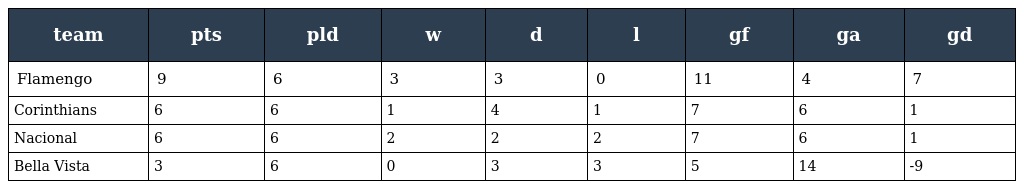
| team | pts | pld | w | d | l | gf | ga | gd |
 | --- | --- | --- | --- | --- | --- | --- | --- | --- |
 | Flamengo | 9 | 6 | 3 | 3 | 0 | 11 | 4 | 7 |
 | Corinthians | 6 | 6 | 1 | 4 | 1 | 7 | 6 | 1 |
 | Nacional | 6 | 6 | 2 | 2 | 2 | 7 | 6 | 1 |
 | Bella Vista | 3 | 6 | 0 | 3 | 3 | 5 | 14 | -9 |